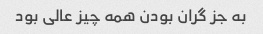
به جز گران بودن همه چیز عالی بود